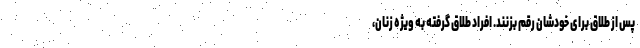
پس از طلاق برای خودشان رقم بزنند. افراد طلاق گرفته به‌ ویژه زنان،